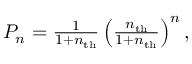
\begin{array} { r } { P _ { n } = \frac { 1 } { 1 + n _ { \mathrm { t h } } } \left( \frac { n _ { \mathrm { t h } } } { 1 + n _ { \mathrm { t h } } } \right) ^ { n } , } \end{array}